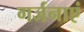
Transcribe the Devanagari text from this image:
गर्जनाएं